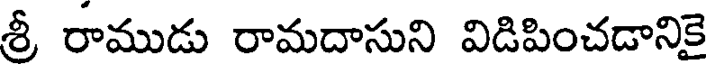
శ్రీ రాముడు రామదాసుని విడిపించడానికై